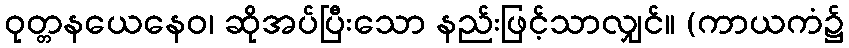
ဝုတ္တနယေနေဝ၊ ဆိုအပ်ပြီးသော နည်းဖြင့်သာလျှင်။ (ကာယကံ၌